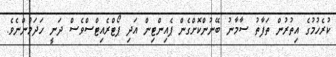
ކުރެހުމުގެ އިތުރުން ތަފާތު ސާމާނު ބޭނުންކޮށްގެން ޕެއިންޓިން އަދި ޕޯޓްރެއިޓްސްވެސް ދަނީ ހަދަމުންނެވެ.